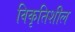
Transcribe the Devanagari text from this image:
विकृतिशील